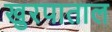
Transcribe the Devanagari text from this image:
खुरपाताल